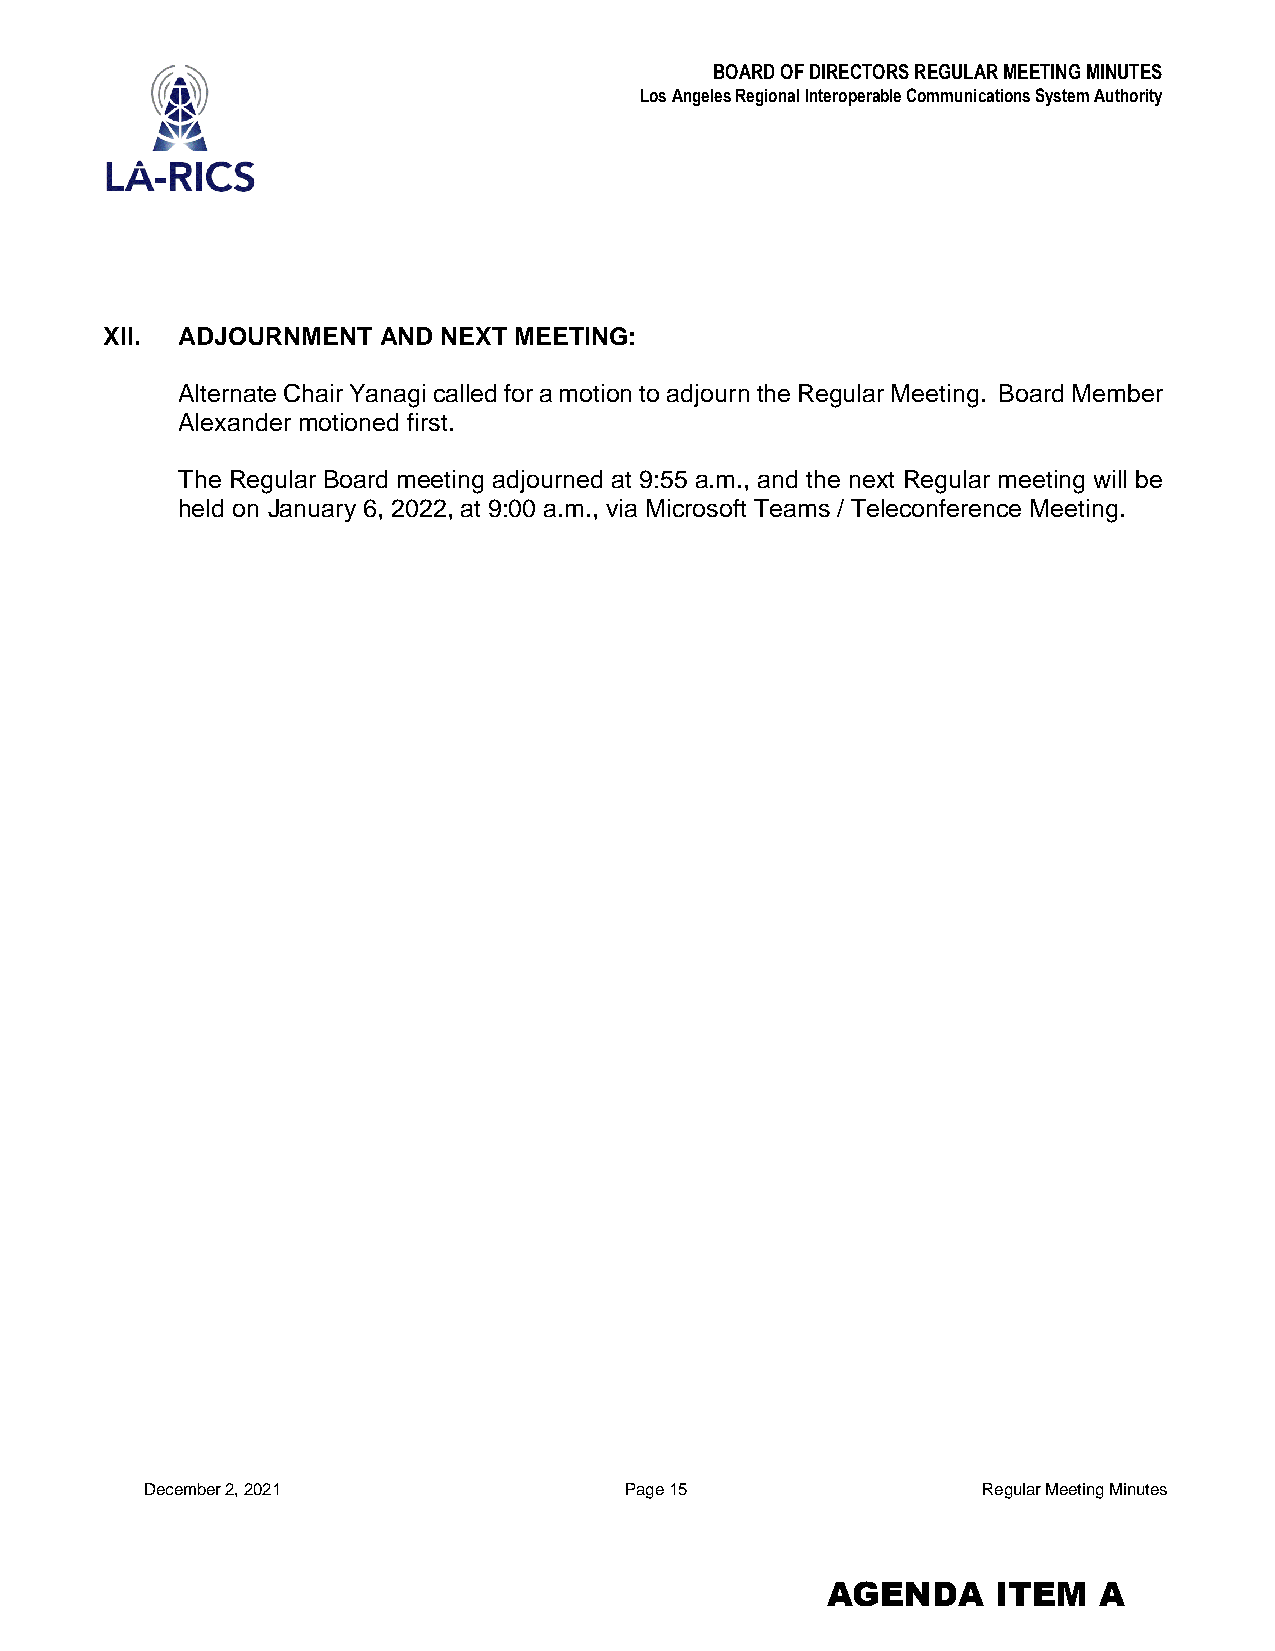
BOARD OF DIRECTORS REGULAR MEETING MINUTES
 Los Angeles Regional Interoperable Communications System Authority
 XII. ADJOURNMENT  AND NEXT MEETING:
 Alternate Chair Yanagi called for a motion to adjourn the Regular Meeting. Board Member
 Alexander motioned first.
 The Regular Board meeting adjourned at 9:55 a.m., and the next Regular meeting will be
 held on January 6, 2022, at 9:00 a.m., via Microsoft Teams / Teleconference Meeting.
 December 2, 2021               Page 15                 Regular Meeting Minutes
 AGENDA     ITEM   A